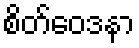
စိတ်ဝေဒနာ